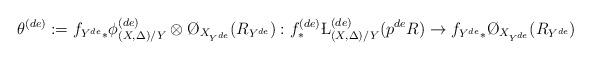
LaTeX: \begin{align*} \theta^{(de)}:={f_{Y^{de}}}_*\phi^{(de)}_{(X,\Delta)/Y}\otimes\O_{X_{Y^{de}}}(R_{Y^{de}}):f^{(de)}_*\L^{(de)}_{(X,\Delta)/Y}(p^{de} R)\to {f_{Y^{de}}}_*\O_{X_{Y^{de}}}(R_{Y^{de}}) \end{align*}